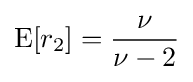
\operatorname {E} [r_{2}]={\frac {\nu }{\nu -2}}